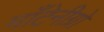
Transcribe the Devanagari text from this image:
माँटेनीग्रो